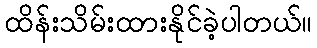
ထိန်းသိမ်းထားနိုင်ခဲ့ပါတယ်။